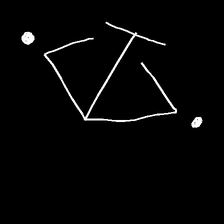
Glyph: earth